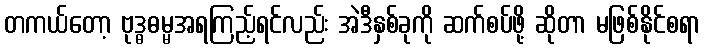
တကယ်တော့ ဗုဒ္ဓဓမ္မအရကြည့်ရင်လည်း အဲဒီနှစ်ခုကို ဆက်စပ်ဖို့ ဆိုတာ မဖြစ်နိုင်စရာ